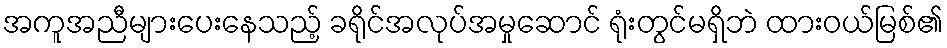
အကူအညီများပေးနေသည့် ခရိုင်အလုပ်အမှုဆောင် ရုံးတွင်မရှိဘဲ ထားဝယ်မြစ်၏